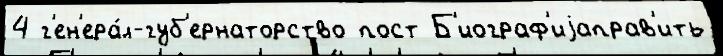
4 г'ен'ера́л-губ'ернаторство пост Б'иограф'иjаправ'ить